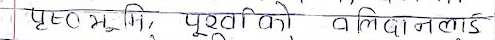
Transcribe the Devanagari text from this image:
पृष्ट ० भू. लि., पुतीको बलिवोलाई